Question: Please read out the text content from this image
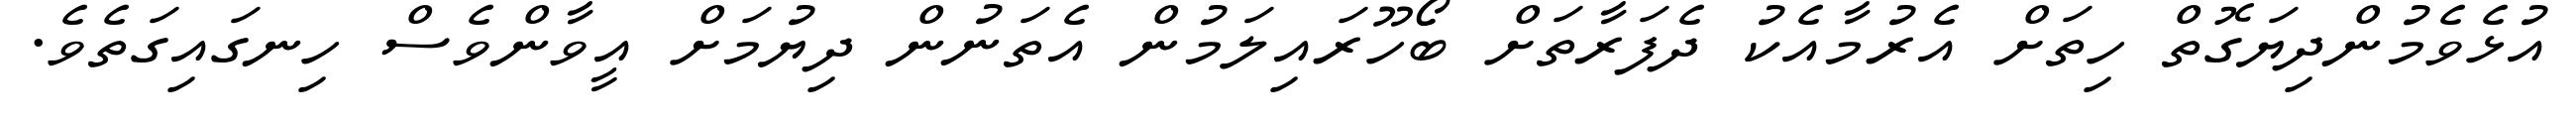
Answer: އުޅެވެމުންދިޔަގޮތް ހިތަށް އެރުމާއެކު ދެފަރާތަށް ބޯހޫރައިލަމުން އެތަނުން ދިޔުމަށް އީވާންވެސް ހިނގައިގަތެވެ.